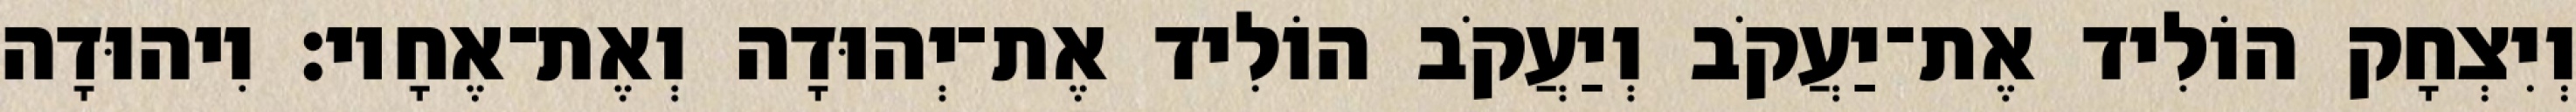
וְיִצְחָק הוֹלִיד אֶת־יַעֲקֹב וְיַעֲקֹב הוֹלִיד אֶת־יְהוּדָה וְאֶת־אֶחָיו׃ וִיהוּדָה